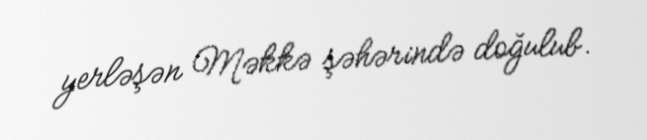
yerləşən Məkkə şəhərində doğulub.